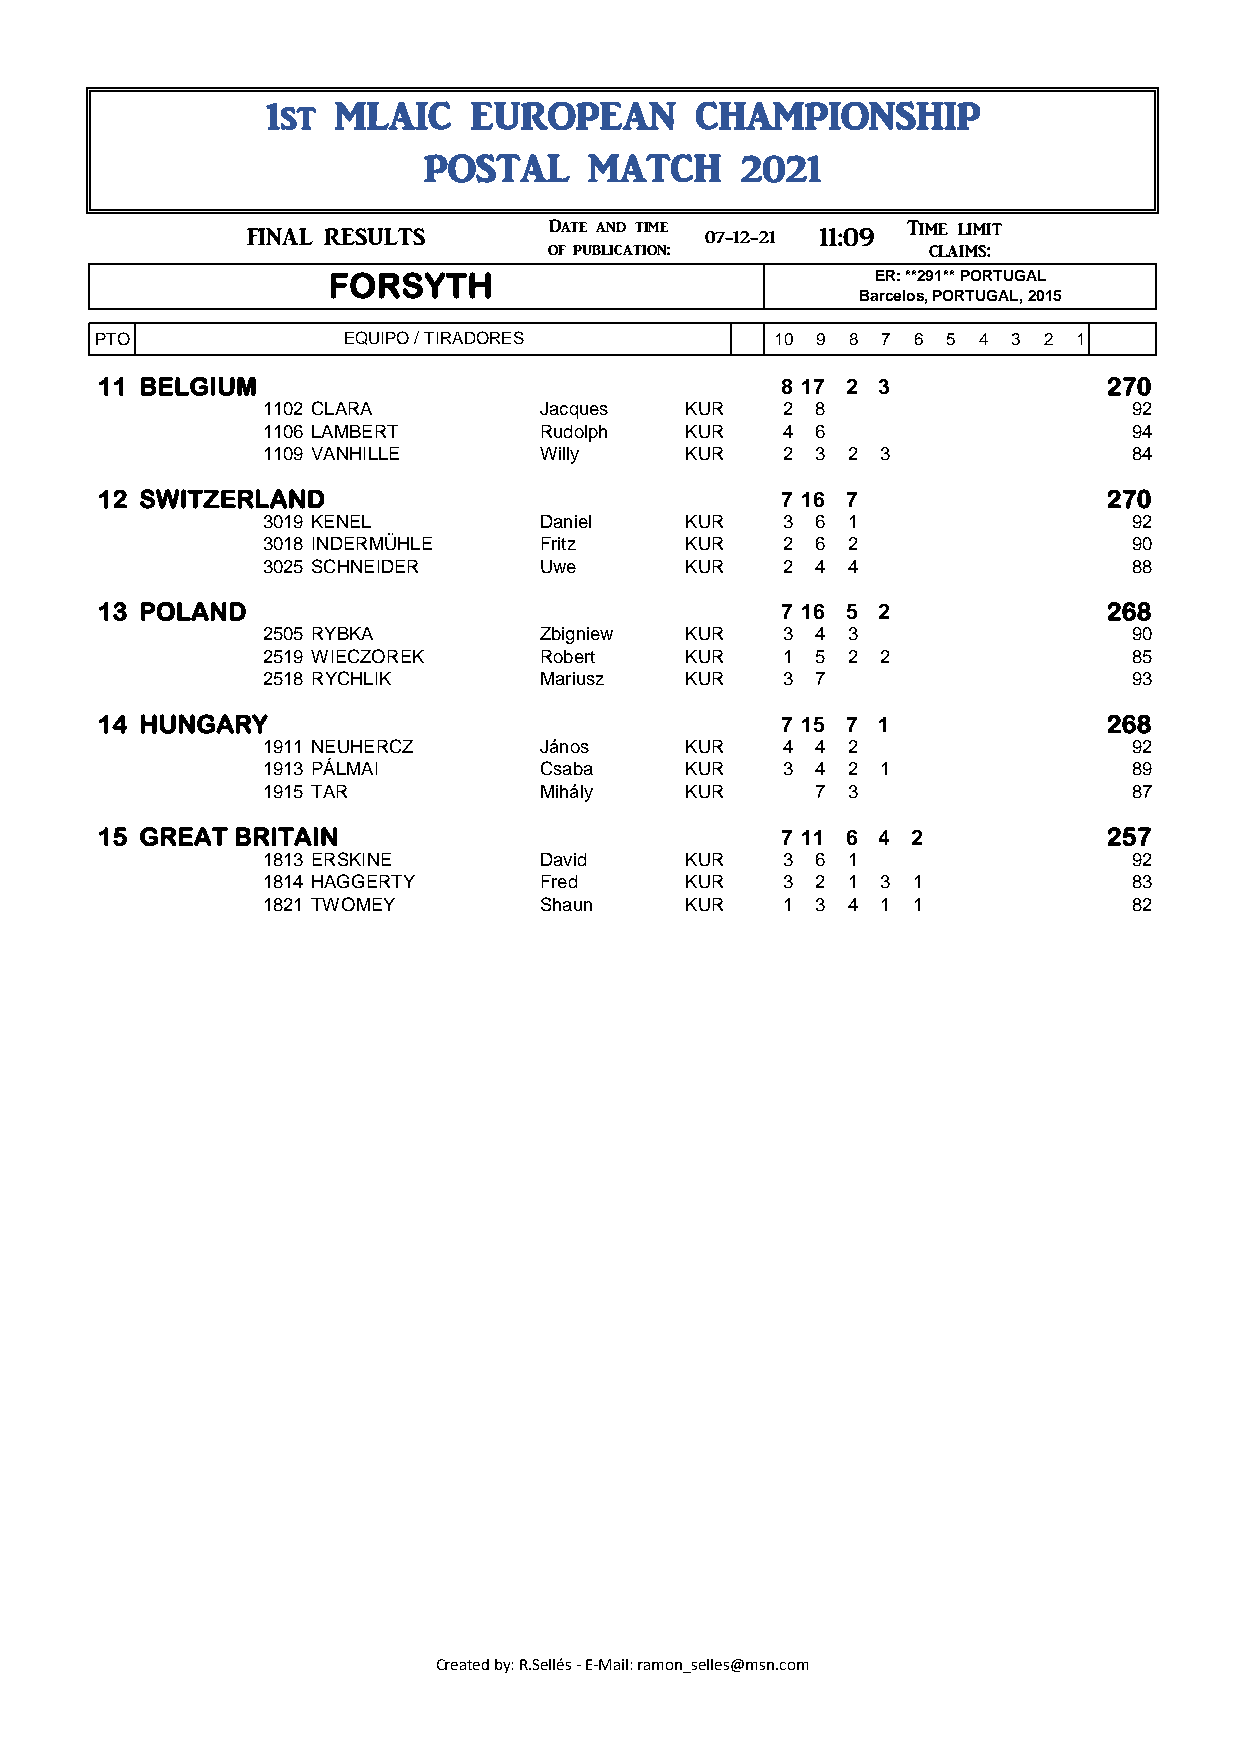
1st  MLAIC    EUROPEAN       CHAMPIONSHIP
 POSTAL     MATCH     2021
 Date and time           Time limit 12:09
 ###       FINAL RESULTS                 07-12-21 11:09
 of publication:          claims:  07-12-21
 FORSYTH                              ER: **291** PORTUGAL
 Barcelos, PORTUGAL, 2015
 PTO             EQUIPO / TIRADORES           10 9 8 7 6 5 4  3 2 1
 11 BELGIUM                                   8 17 2 3              270
 1102 CLARA        Jacques   KUR   2  8                    92
 1106 LAMBERT      Rudolph   KUR   4  6                    94
 1109 VANHILLE     Willy     KUR   2  3 2 3                84
 12 SWITZERLAND                               7 16 7                270
 3019 KENEL        Daniel    KUR   3  6 1                  92
 3018 INDERMÜHLE   Fritz     KUR   2  6 2                  90
 3025 SCHNEIDER    Uwe       KUR   2  4 4                  88
 13 POLAND                                    7 16 5 2              268
 2505 RYBKA        Zbigniew  KUR   3  4 3                  90
 2519 WIECZOREK    Robert    KUR   1  5 2 2                85
 2518 RYCHLIK      Mariusz   KUR   3  7                    93
 14 HUNGARY                                   7 15 7 1              268
 1911 NEUHERCZ     János     KUR   4  4 2                  92
 1913 PÁLMAI       Csaba     KUR   3  4 2 1                89
 1915 TAR          Mihály    KUR      7 3                  87
 15 GREAT BRITAIN                             7 11 6 4 2            257
 1813 ERSKINE      David     KUR   3  6 1                  92
 1814 HAGGERTY     Fred      KUR   3  2 1 3 1              83
 1821 TWOMEY       Shaun     KUR   1  3 4 1 1              82
 Created by: R.Sellés - E-Mail: ramon_selles@msn.com